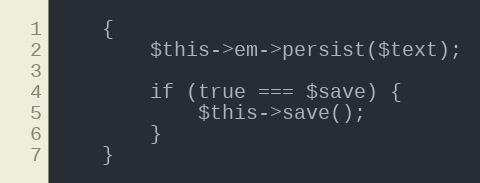
Language: PHP
    {
        $this->em->persist($text);

        if (true === $save) {
            $this->save();
        }
    }